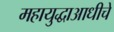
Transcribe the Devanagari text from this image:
महायुद्धाआधीचे